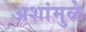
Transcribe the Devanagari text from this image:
अशांमुळे